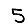
Digit: 5